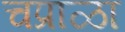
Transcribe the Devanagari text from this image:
चप्राळा